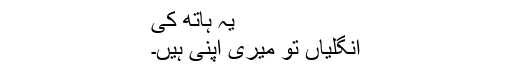
یہ ہاتھ کی
اُنگلیاں تو میری اپنی ہیں۔